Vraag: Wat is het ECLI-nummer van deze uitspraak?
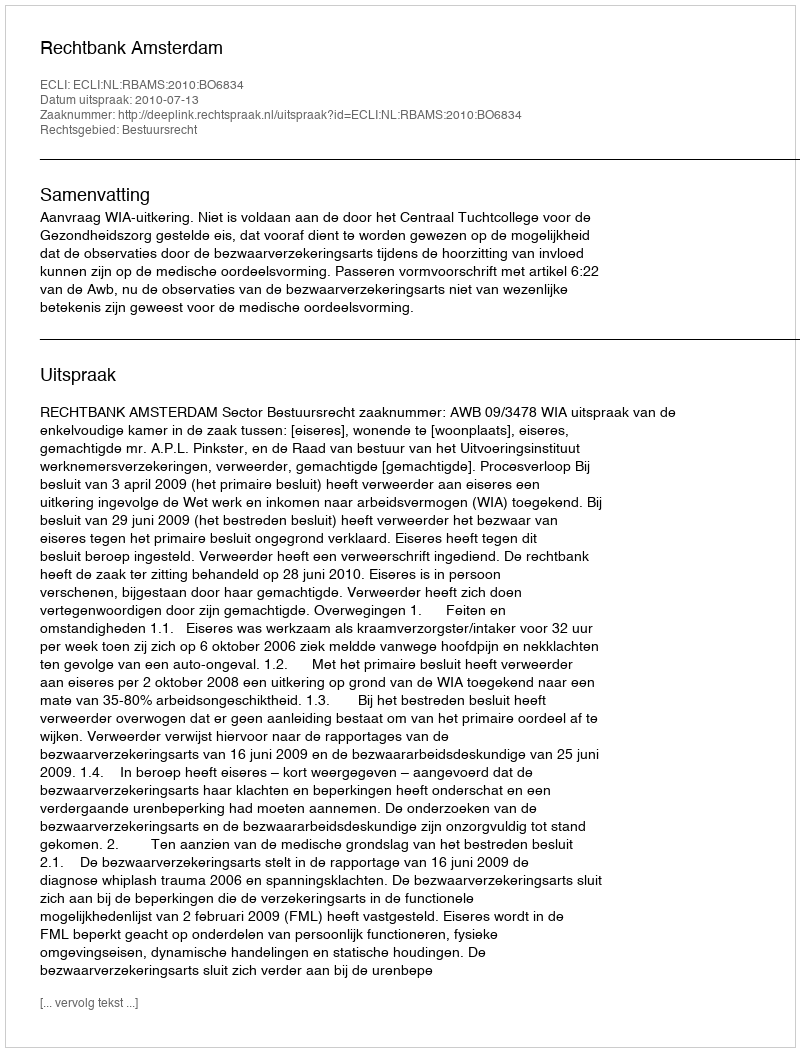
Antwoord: ECLI:NL:RBAMS:2010:BO6834